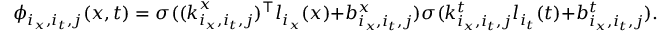
\phi _ { i _ { x } , i _ { t } , j } ( \boldsymbol { x } , t ) = \sigma ( ( \boldsymbol { k } _ { i _ { x } , i _ { t } , j } ^ { x } ) ^ { \top } l _ { i _ { x } } ( \boldsymbol { x } ) + b _ { i _ { x } , i _ { t } , j } ^ { x } ) \sigma ( k _ { i _ { x } , i _ { t } , j } ^ { t } l _ { i _ { t } } ( t ) + b _ { i _ { x } , i _ { t } , j } ^ { t } ) .